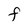
Character: F